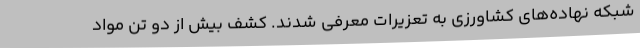
شبکه نهاده‌های کشاورزی به تعزیرات معرفی شدند. کشف بیش از دو تن مواد